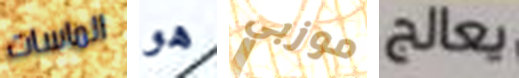
الماسات هو موزبي يعالج